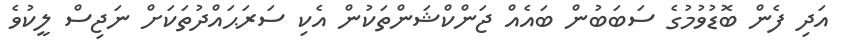
އަދި ފެން ބޮޑުވުމުގެ ސަބަބުން ބައެއް ޖަންކްޝަންތަކުން އެކި ސަރަޙައްދުތަކަށް ނަޖިސް ލީކުވެ